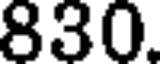
830.